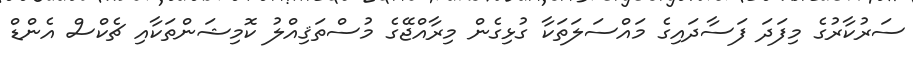
ސަރުކާރުގެ މިފަދަ ފަސާދައިގެ މައްސަލަތަކާ ގުޅިގެން މިރާއްޖޭގެ މުސްތަޤިއްލު ކޮމިޝަންތަކާއި ޗެކްސް އެންޑް